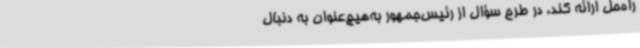
راه‌حل ارائه کند، در طرح سؤال از رئیس‌جمهور به‌هیچ‌عنوان به دنبال